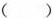
( )